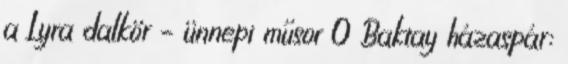
a Lyra dalkör – ünnepi műsor 0 Baktay házaspár: